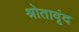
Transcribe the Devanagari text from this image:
श्रोतावृंद